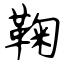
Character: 鞠